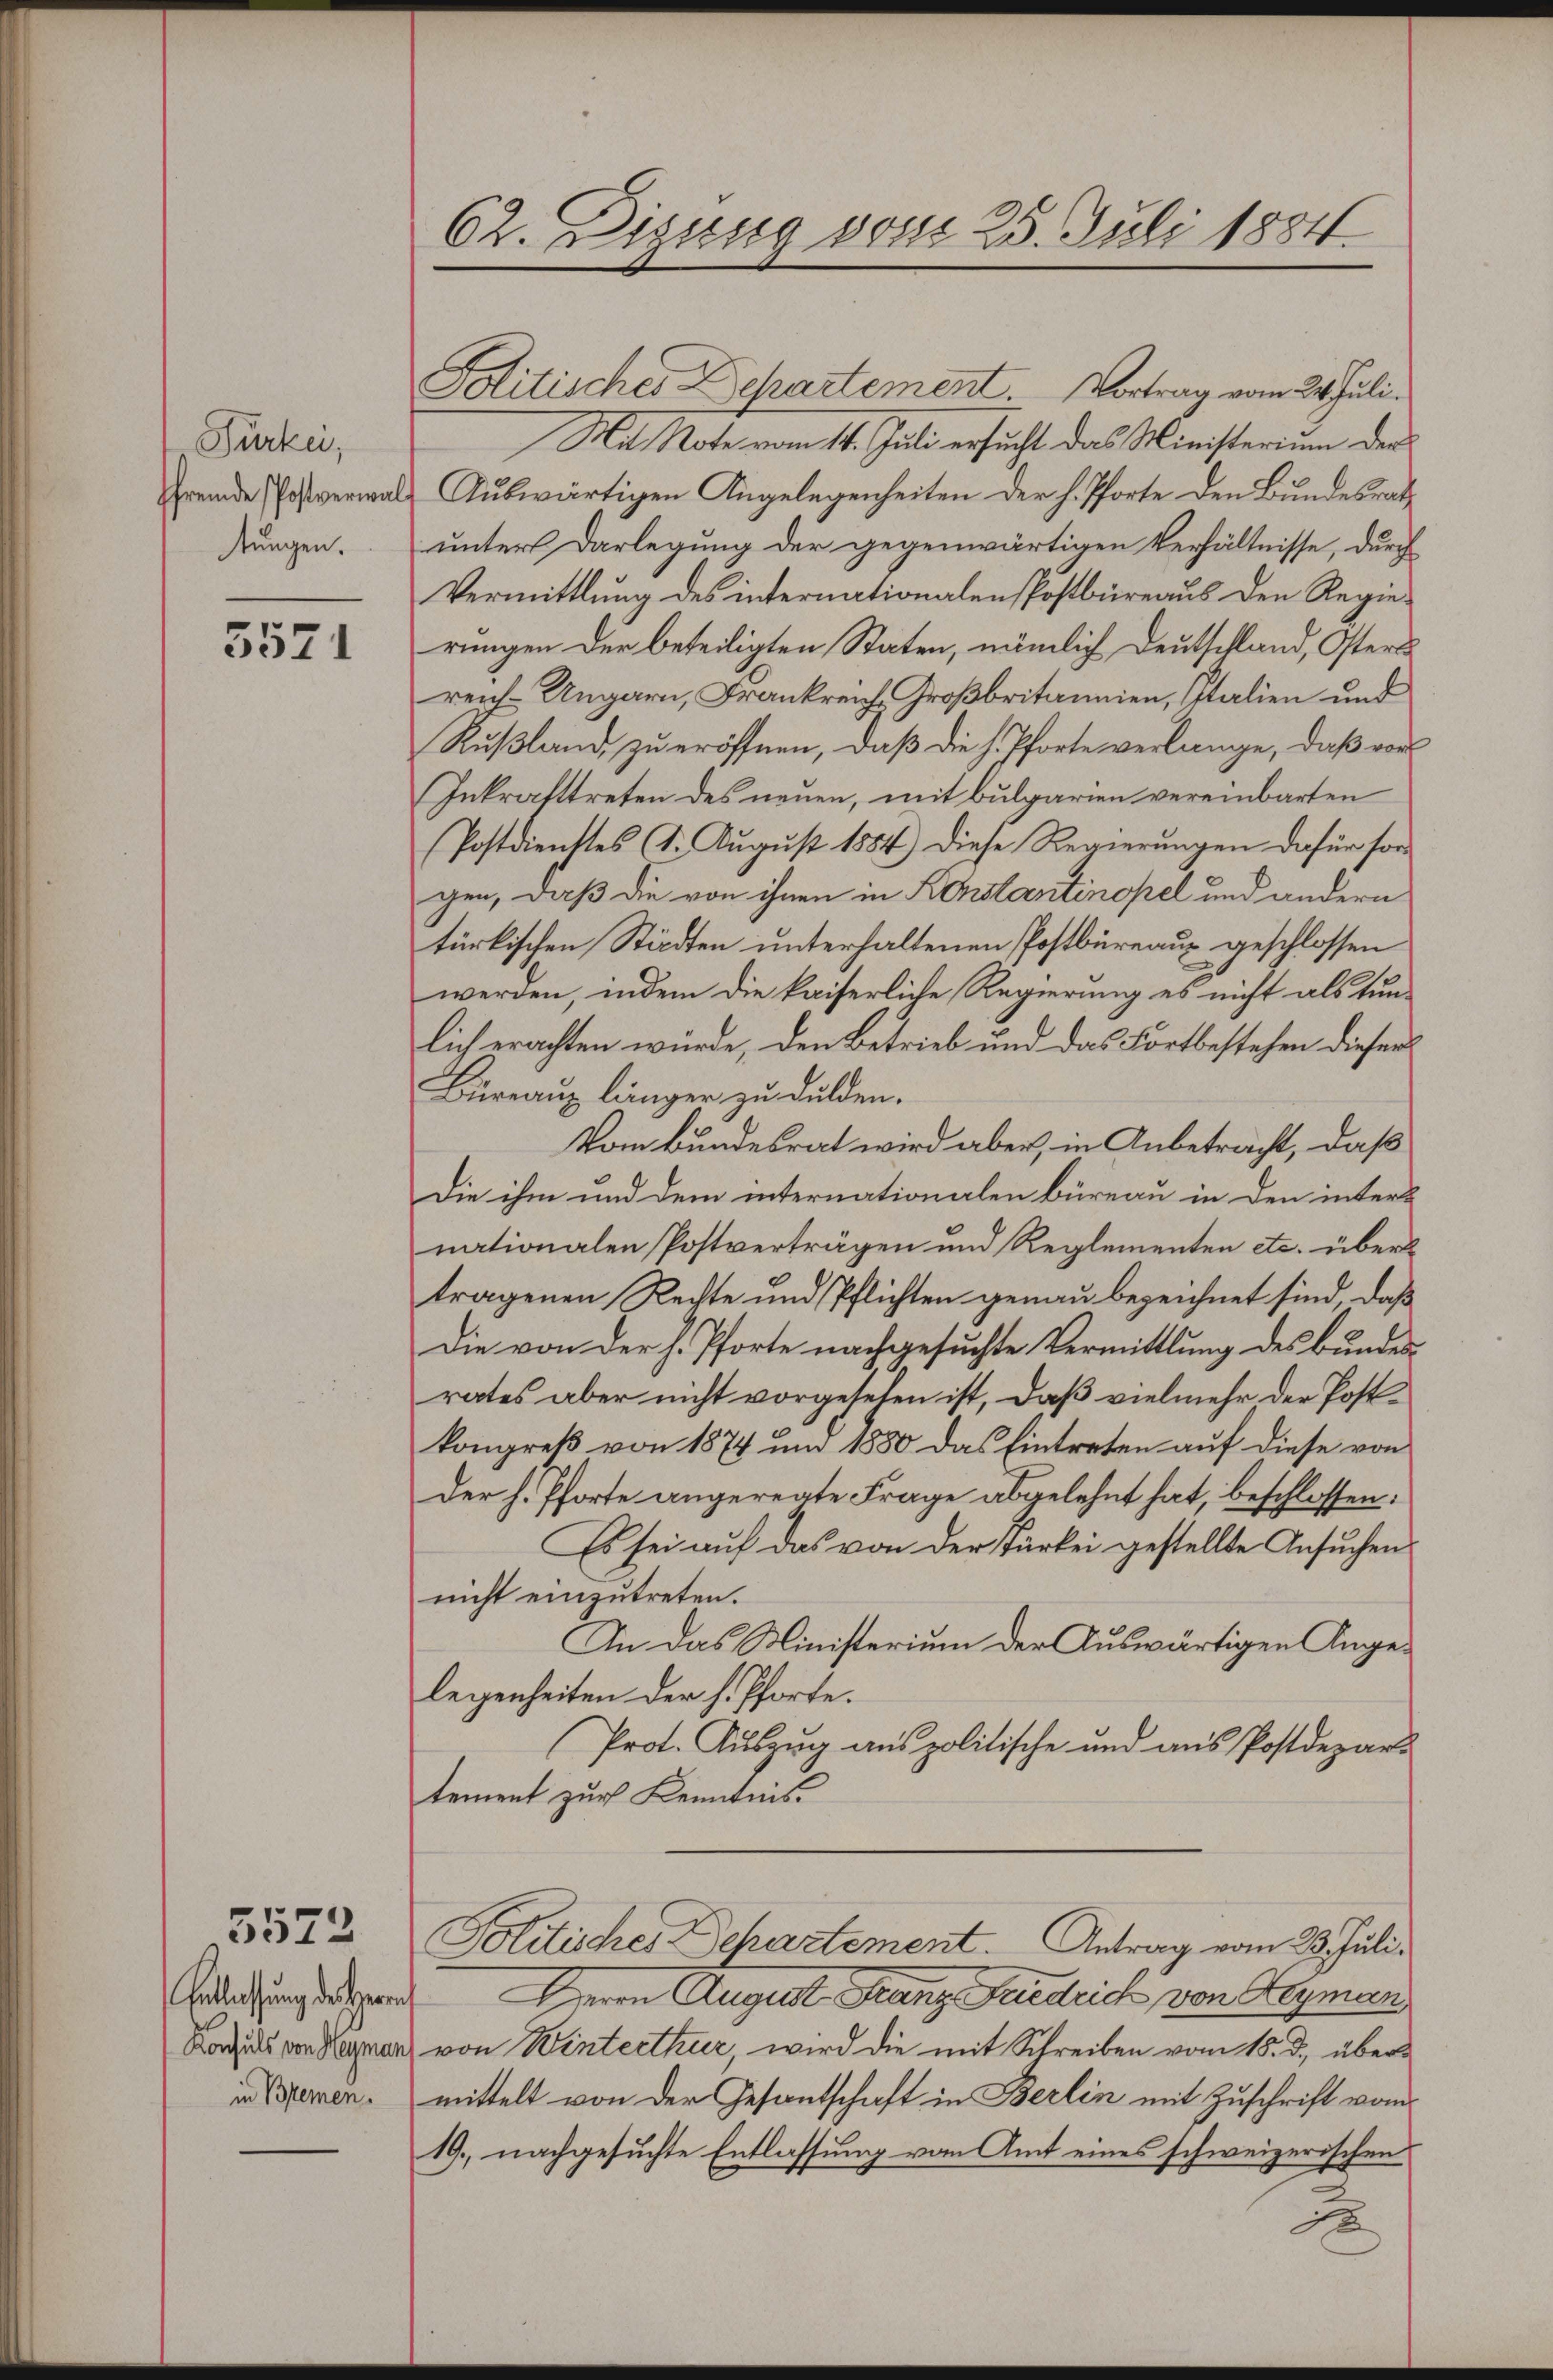
Furken,
Pfremde Postverwal
stungen.

3571

Entlassung des Herrn
Konsuls von Heyman
in Bremen.

5573

62. Dizung vom 25. Juli 1884.

Politisches Departement. Vortrag vom 24. Juli
Mit Note vom 14. Juli ersucht das Ministerium der
Auswärtigen Angelegenheiten der h. Pforte den Bundesrath
unter Darlegung der gegenwärtigen Verhältnisse, durch
Vermittlung des internationalen Postbüreaus den Regierungen der beteiligten Staten, nämlich Deutschland, Osters
ren-Ungarn, Frankreich-Großbritannien, Italien und
Rußland zu eröffnen, daß die h. Pforte verlange, daß von
Inkrafttreten des neuen, mit bulgarien vereinbarten
Postdientes (1. August 1884) Diese Regierungen dafür son
gen, daß die von ihnen in Konstantinopel und andern
türkischen Städten unterhaltenen Postbüreau geschlossen
werden, indem die kaiserliche Regierung es nicht als tunlich erachten würde, den Betrieb und das Fortbestehen dieser
Bureaux länger zu dulden.
Vom Bundesrat wird aber, in Anbetracht, daß
Die ihm und dem internationalen Büreau in den interl
nationalen Postverträgen und Reglementen etc. über
tragenen Rechte und Pflichten genau bezeichnet sind, daß
Die von der H. Pforte nachgesuchte Vermittlung des Bundes
rates aber nicht vorgesehen ist, daß vielmehr der Postkongreß von 1874 um 1880 das Eintreten auf diese von
Der h. Pforte angeregte Frage abgelehnt hat, beschlossen:
Es sei auf das von der Türkei gestellte Ansuchen
nicht einzutreten.
An das Ministerium der Auswärtigen Angelegenheiten der H. Pforte.
Prot. Auszug aus politische und aus Postdepart
tement zur Kenntnis.
Politisches Departement. Antrag vom 23. Juli.
Herrn August Ganz Friedrich von Heyman
von Winterthur, wird die mit Schreiben vom 15. d. übermittelt von der Gesantschaft in Berlin mit Zuschrift vom
19. nachgesuchte Entlassung vom Amt eines schweizerischen
xx